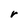
Character: r